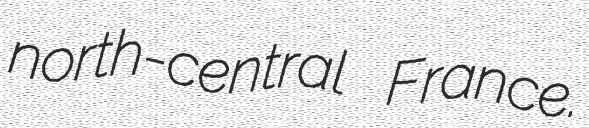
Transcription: north-central France.